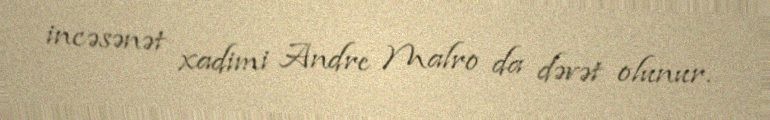
incəsənət xadimi Andre Malro da dəvət olunur.